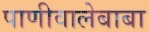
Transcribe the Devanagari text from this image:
पाणीवालेबाबा